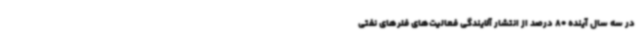
در سه سال آینده 80 درصد از انتشار آلایندگی فعالیت‌های فلرهای نفتی